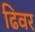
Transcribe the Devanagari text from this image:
ढिवर